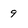
Character: 9